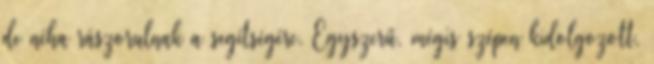
de néha rászorulnak a segítségére. Egyszerű, mégis szépen kidolgozott,